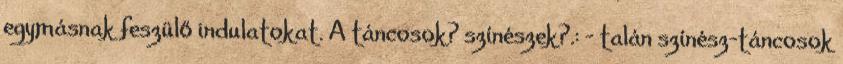
egymásnak feszülő indulatokat. A táncosok? színészek?.: - talán színész-táncosok